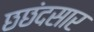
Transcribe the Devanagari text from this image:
छछंदसार